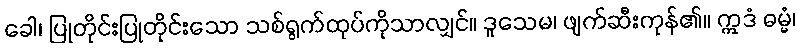
ခေါ၊ ပြုတိုင်းပြုတိုင်းသော သစ်ရွက်ထုပ်ကိုသာလျှင်။ ဒူသေမ၊ ဖျက်ဆီးကုန်၏။ ဣဒံ ဓမ္မံ၊